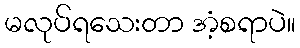
မလုပ်ရသေးတာ အံ့စရာပဲ။